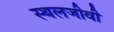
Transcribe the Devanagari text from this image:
स्थलजीवी